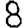
Digit: 8